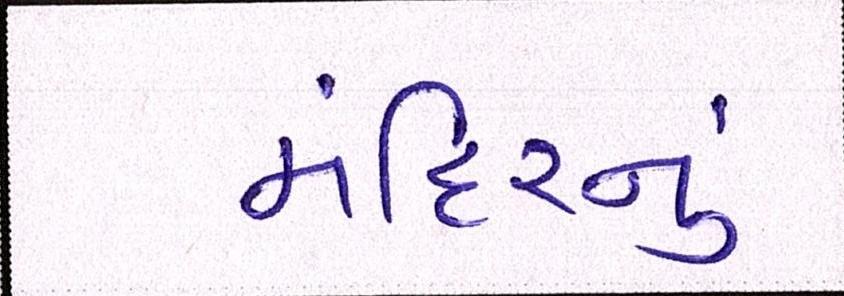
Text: મંદિરનું